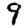
Digit: 9